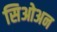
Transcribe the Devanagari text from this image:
सिओअन